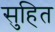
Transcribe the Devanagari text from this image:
सुहित